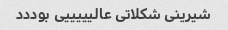
شیرینی شکلاتی عالیییییی بوددد